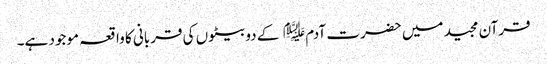
قرآن مجید میں حضرت آدم﷤ کے دو بیٹوں کی قربانی کا واقعہ موجود ہے۔